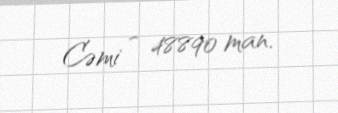
Cəmi - 48890 man.